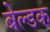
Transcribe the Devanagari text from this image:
बेल्डक